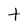
Character: t